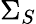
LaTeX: \Sigma_{S}